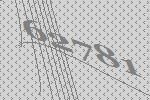
62781